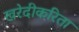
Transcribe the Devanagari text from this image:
खरेदीकरिता